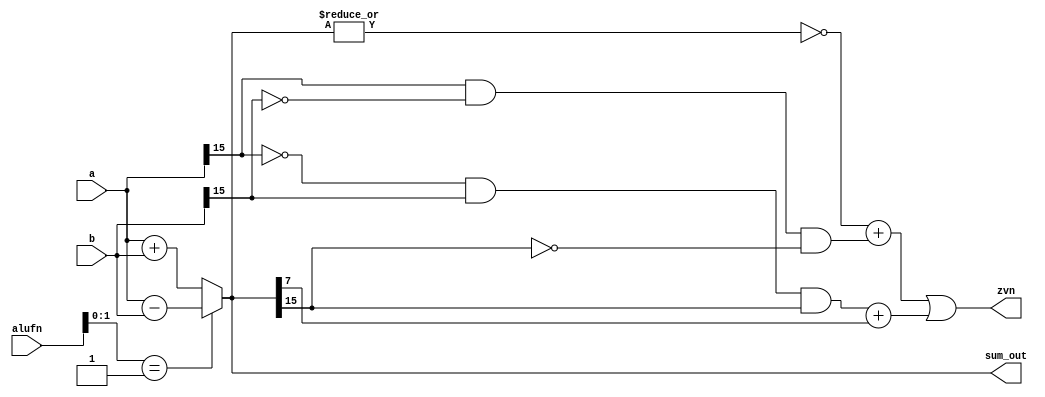
/*
   This file was generated automatically by the Mojo IDE version B1.3.6.
   Do not edit this file directly. Instead edit the original Lucid source.
   This is a temporary file and any changes made to it will be destroyed.
*/

module adder_7 (
    input [3:0] alufn,
    input [15:0] a,
    input [15:0] b,
    output reg [15:0] sum_out,
    output reg [2:0] zvn
  );
  
  
  
  reg [15:0] sum;
  
  always @* begin
    
    case (alufn[0+1-:2])
      1'h0: begin
        sum = a + b;
      end
      1'h1: begin
        sum = a - b;
      end
      4'ha: begin
        sum = 1'h0;
      end
      4'hb: begin
        sum = 1'h0;
      end
      default: begin
        sum = a + b;
      end
    endcase
    sum_out = sum[0+15-:16];
    zvn = (~|sum + (a[15+0-:1] & ~b[15+0-:1] & (~sum[15+0-:1])) | ((~a[15+0-:1]) & (b[15+0-:1]) & sum[15+0-:1]) + sum[7+0-:1]);
  end
endmodule